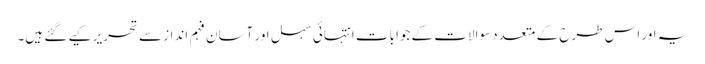
یہ اور اس طرح کے متعدد سوالات کے جوابات انتہائی سہل اور آسان فہم انداز سے تحریر کیے گئے ہیں۔